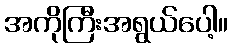
အကိုကြီးအရွယ်ပေါ့။